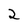
Character: 2